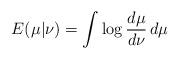
LaTeX: \begin{align*}E(\mu|\nu)=\int \log\frac{d\mu}{d\nu}\, d\mu\end{align*}